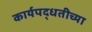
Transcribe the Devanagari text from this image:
कार्यपद्धतीच्या